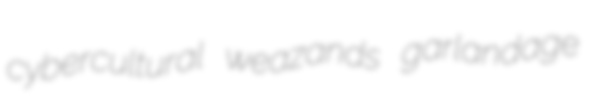
cybercultural weazands garlandage